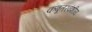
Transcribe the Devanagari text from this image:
कबूतरवंशीय